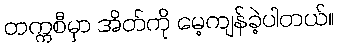
တက္ကစီမှာ အိတ်ကို မေ့ကျန်ခဲ့ပါတယ်။